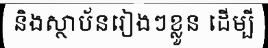
និងស្ថាប័នរៀងៗខ្លួន ដើម្បី